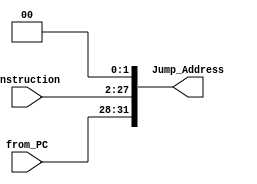
`timescale 1ns / 1ps
//////////////////////////////////////////////////////////////////////////////////
// Company: 
// Engineer: 
// 
// Design Name: 
// Module Name: left_shift_for_jump
// Project Name: 
// Target Devices: 
// Tool Versions: 
// Description: 
// 
// Dependencies: 
// 
// Revision:
// Revision 0.01 - File Created
// Additional Comments:
// 
//////////////////////////////////////////////////////////////////////////////////


module left_shift_for_jump(
    input wire [25:0] Instruction,
    input wire [3:0] from_PC,
    output wire [31:0] Jump_Address
    );
    
    wire [27:0] left_shift_instruction;
    assign left_shift_instruction = {2'b00, Instruction};
    assign Jump_Address = {from_PC, (left_shift_instruction << 2)};
endmodule